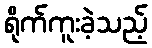
ရိုက်ကူးခဲ့သည့်